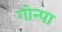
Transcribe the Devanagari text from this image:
गोन्पा